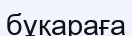
бұқараға